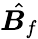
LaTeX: \hat{\boldsymbol B_{f}}